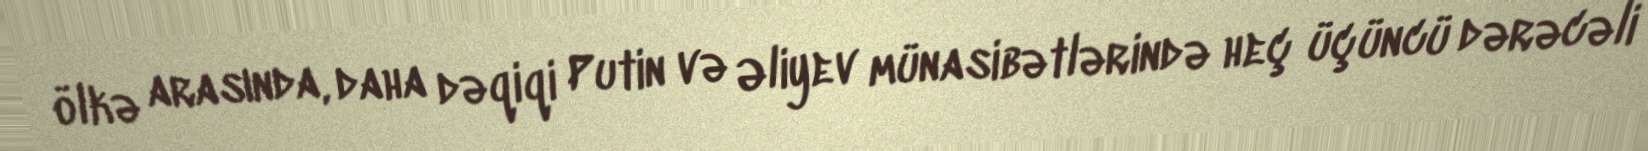
ölkə arasında, daha dəqiqi Putin və Əliyev münasibətlərində heç üçüncü dərəcəli